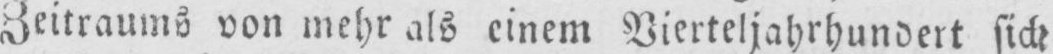
Zeitraums von mehr als einem Vierteljahrhundert sich